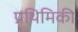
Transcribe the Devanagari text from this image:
प्रथिमिकी